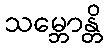
သမ္ဘောန္တိ